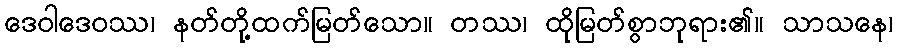
ဒေဝါဒေဝဿ၊ နတ်တို့ထက်မြတ်သော။ တဿ၊ ထိုမြတ်စွာဘုရား၏။ သာသနေ၊